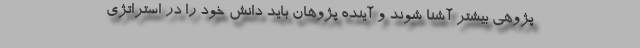
پژوهی بیشتر آشنا شوند و آینده پژوهان باید دانش خود را در استراتژی